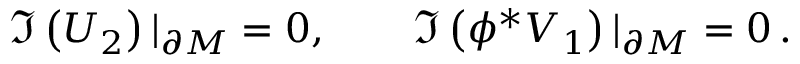
\Im \left( U _ { 2 } \right) | _ { \partial M } = 0 , \qquad \Im \left( \phi ^ { * } V _ { 1 } \right) | _ { \partial M } = 0 \, .